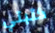
كتبتي